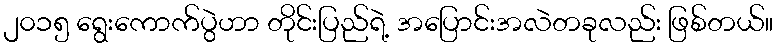
၂၀၁၅ ရွေးကောက်ပွဲဟာ တိုင်းပြည်ရဲ့ အပြောင်းအလဲတခုလည်း ဖြစ်တယ်။